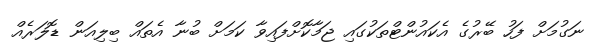
ނަގުމަށް ފަހު ބޭރުގެ އެކައުންޓްތަކުގައި ޖަމާކޮށްފައިވާ ކަމަށް ބުނާ އެތަައް ބިލިއަން ޑޮލަރެއް